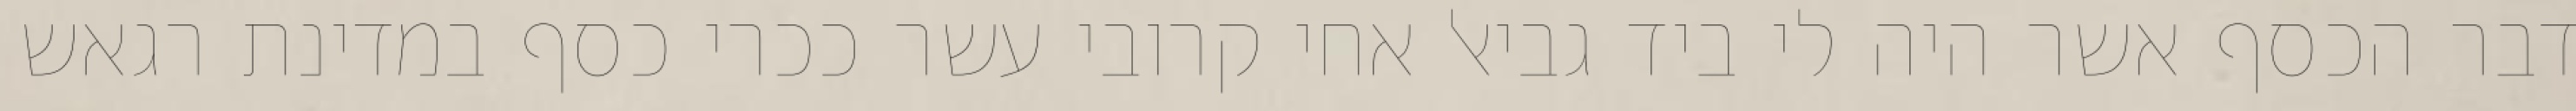
דבר הכסף אשר היה לי ביד גביאל אחי קרובי עשר ככרי כסף במדינת רגאש